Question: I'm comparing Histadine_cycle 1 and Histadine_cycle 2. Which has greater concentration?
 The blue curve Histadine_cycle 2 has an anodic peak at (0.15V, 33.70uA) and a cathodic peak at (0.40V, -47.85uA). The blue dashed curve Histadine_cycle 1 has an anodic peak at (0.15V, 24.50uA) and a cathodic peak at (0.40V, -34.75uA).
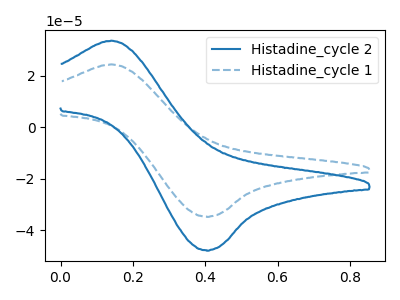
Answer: <think>All the peaks in "Histadine_cycle 1" have a peak in "Histadine_cycle 2" at the same potential. Every peak in "Histadine_cycle 1" is lower than every peak in "Histadine_cycle 2".
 </think>
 <answer>"Histadine_cycle 1" has less signal than "Histadine_cycle 2" and so likely has a lower concentration.</answer>
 <eval>less_concentration</eval>